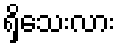
ရှိသေးလား